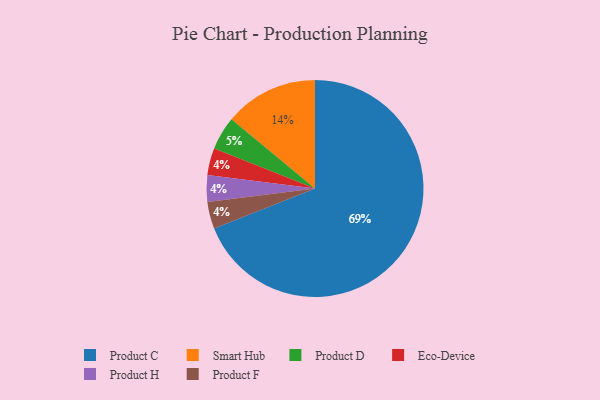
{"axis": {"x": "Category", "y": "Percentage"}, "legend": ["Eco-Device", "Product C", "Product D", "Product F", "Product H", "Smart Hub"], "data": [{"x": "Eco-Device", "y": 4, "type": "Eco-Device"}, {"x": "Smart Hub", "y": 14, "type": "Smart Hub"}, {"x": "Product H", "y": 4, "type": "Product H"}, {"x": "Product C", "y": 69, "type": "Product C"}, {"x": "Product F", "y": 4, "type": "Product F"}, {"x": "Product D", "y": 5, "type": "Product D"}]}